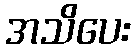
အသိပေး